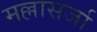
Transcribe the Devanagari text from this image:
मल्लासर्जा